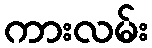
ကားလမ်း